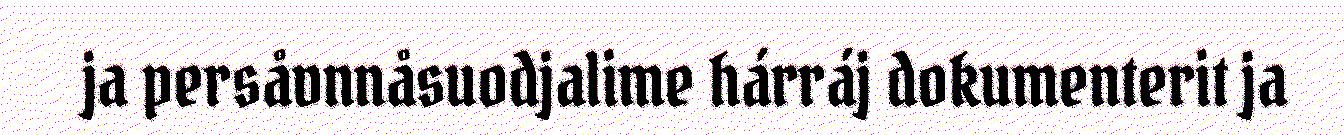
ja persåvnnåsuodjalime hárráj dokumenterit ja